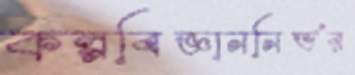
কল্পবিজ্ঞাননির্ভর